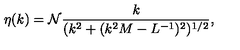
\eta ( k ) = { \cal N } \frac { k } { ( k ^ { 2 } + ( k ^ { 2 } M - L ^ { - 1 } ) ^ { 2 } ) ^ { 1 / 2 } } ,